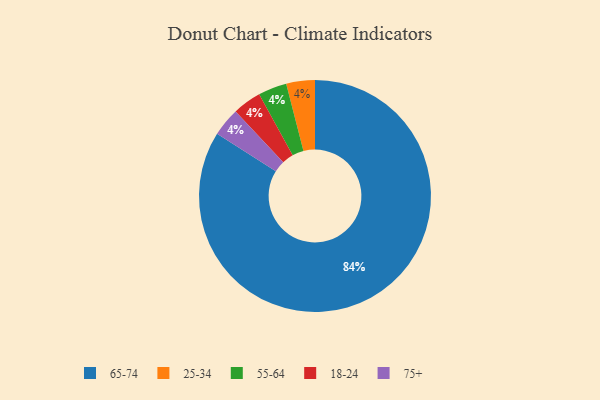
{"axis": {"x": "Category", "y": "Percentage"}, "legend": ["18-24", "25-34", "55-64", "65-74", "75+"], "data": [{"x": "25-34", "y": 4, "type": "25-34"}, {"x": "55-64", "y": 4, "type": "55-64"}, {"x": "18-24", "y": 4, "type": "18-24"}, {"x": "65-74", "y": 84, "type": "65-74"}, {"x": "75+", "y": 4, "type": "75+"}]}